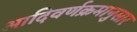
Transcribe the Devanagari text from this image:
आदिवर्णक्रमानुसार